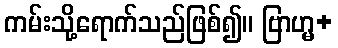
ကမ်းသို့ရောက်သည်ဖြစ်၍။ ဗြာဟ္မ+